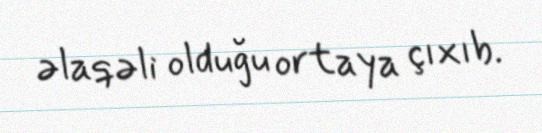
əlaqəli olduğu ortaya çıxıb.